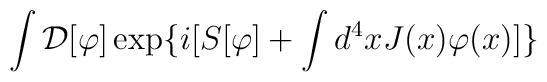
\int{\cal D}[\varphi]\exp \{i[S[\varphi]+\int d^{4}x J(x)\varphi(x)]\}